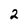
Character: 2